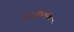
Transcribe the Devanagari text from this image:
रिधसिधपोल